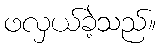
ဖလှယ်ခဲ့သည်။